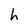
Character: h